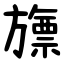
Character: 旚